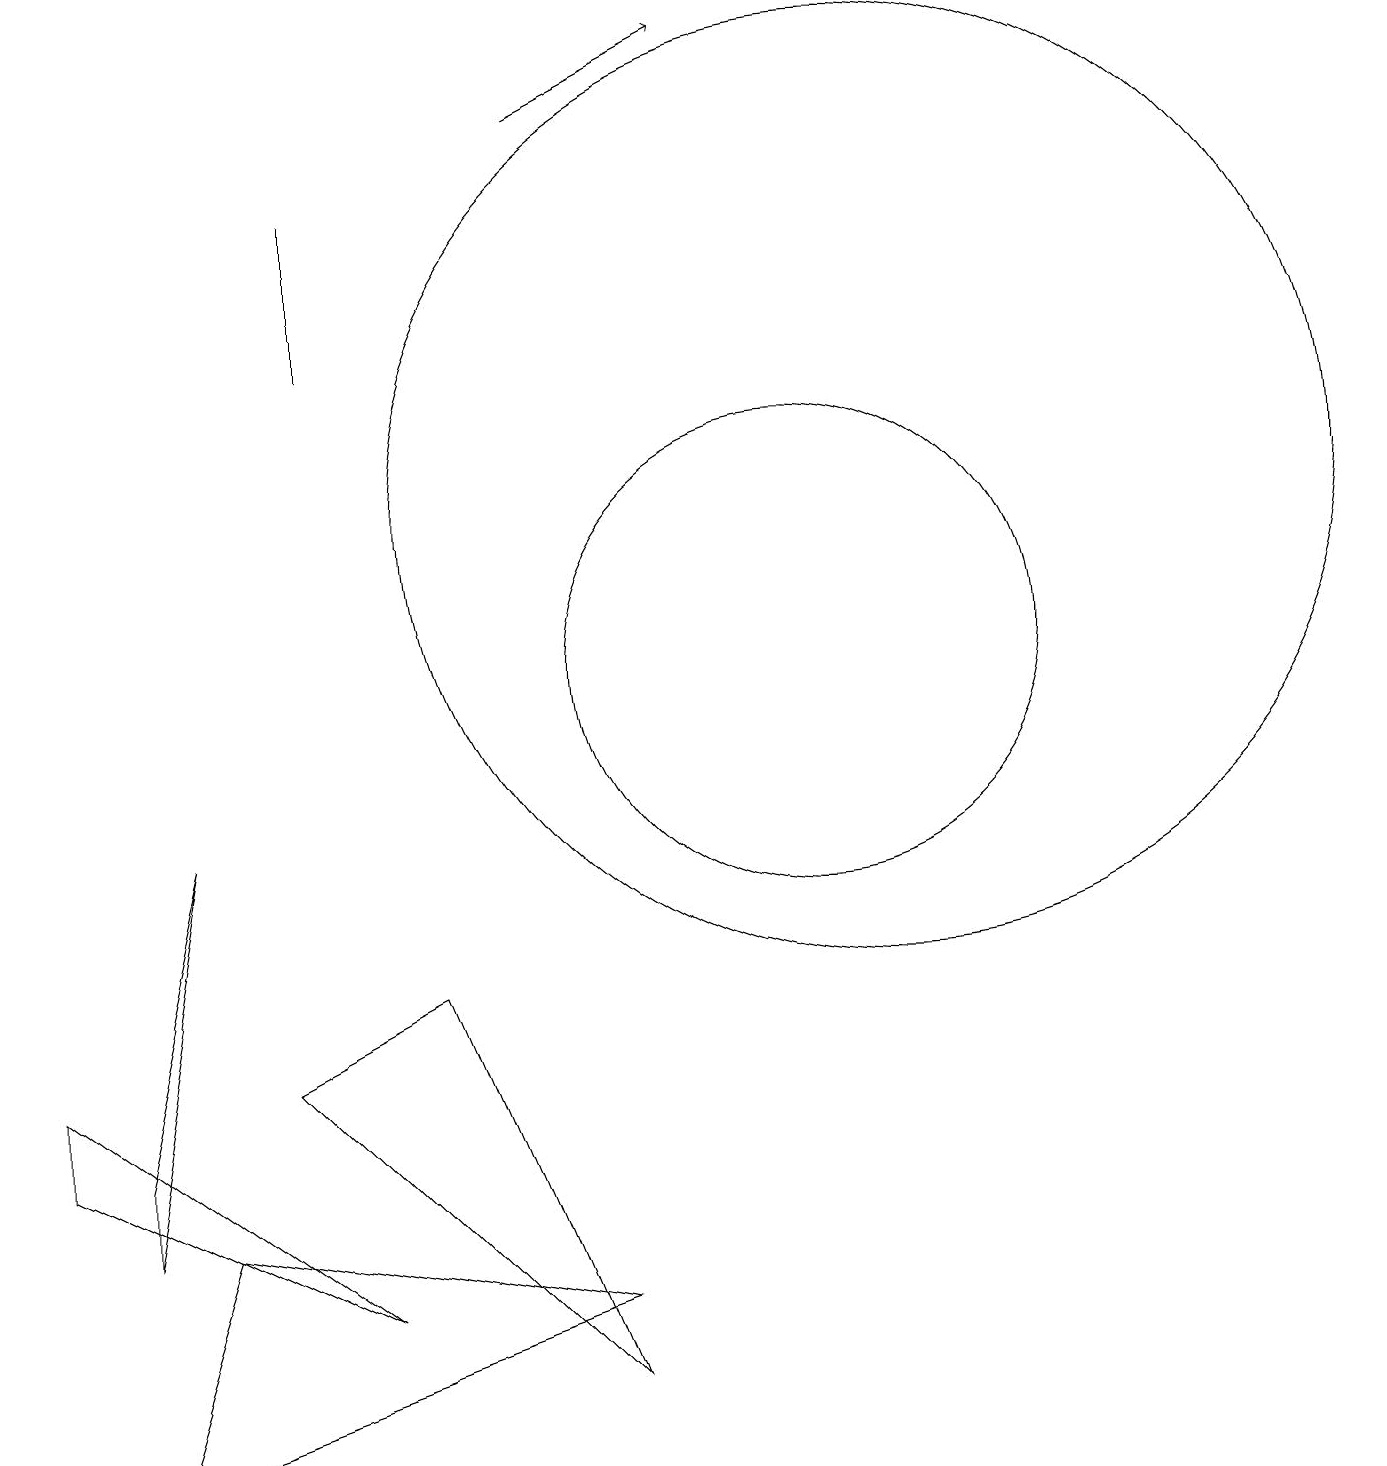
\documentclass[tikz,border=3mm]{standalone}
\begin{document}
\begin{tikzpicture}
\draw (4,14) rectangle (4,16);
\draw (11,12) circle (6);
\draw (5,6) -- (3,5) -- (7,1) -- cycle;
\draw (2,3) -- (1,0) -- (7,2) -- cycle;
\draw (10,10) circle (3);
\draw[->] (7,17) -- (9,18);
\draw (0,5) -- (4,2) -- (0,4) -- cycle;
\draw (1,4) -- (2,8) -- (1,3) -- cycle;
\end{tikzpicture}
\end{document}